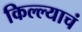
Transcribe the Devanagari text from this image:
किल्ल्याचं